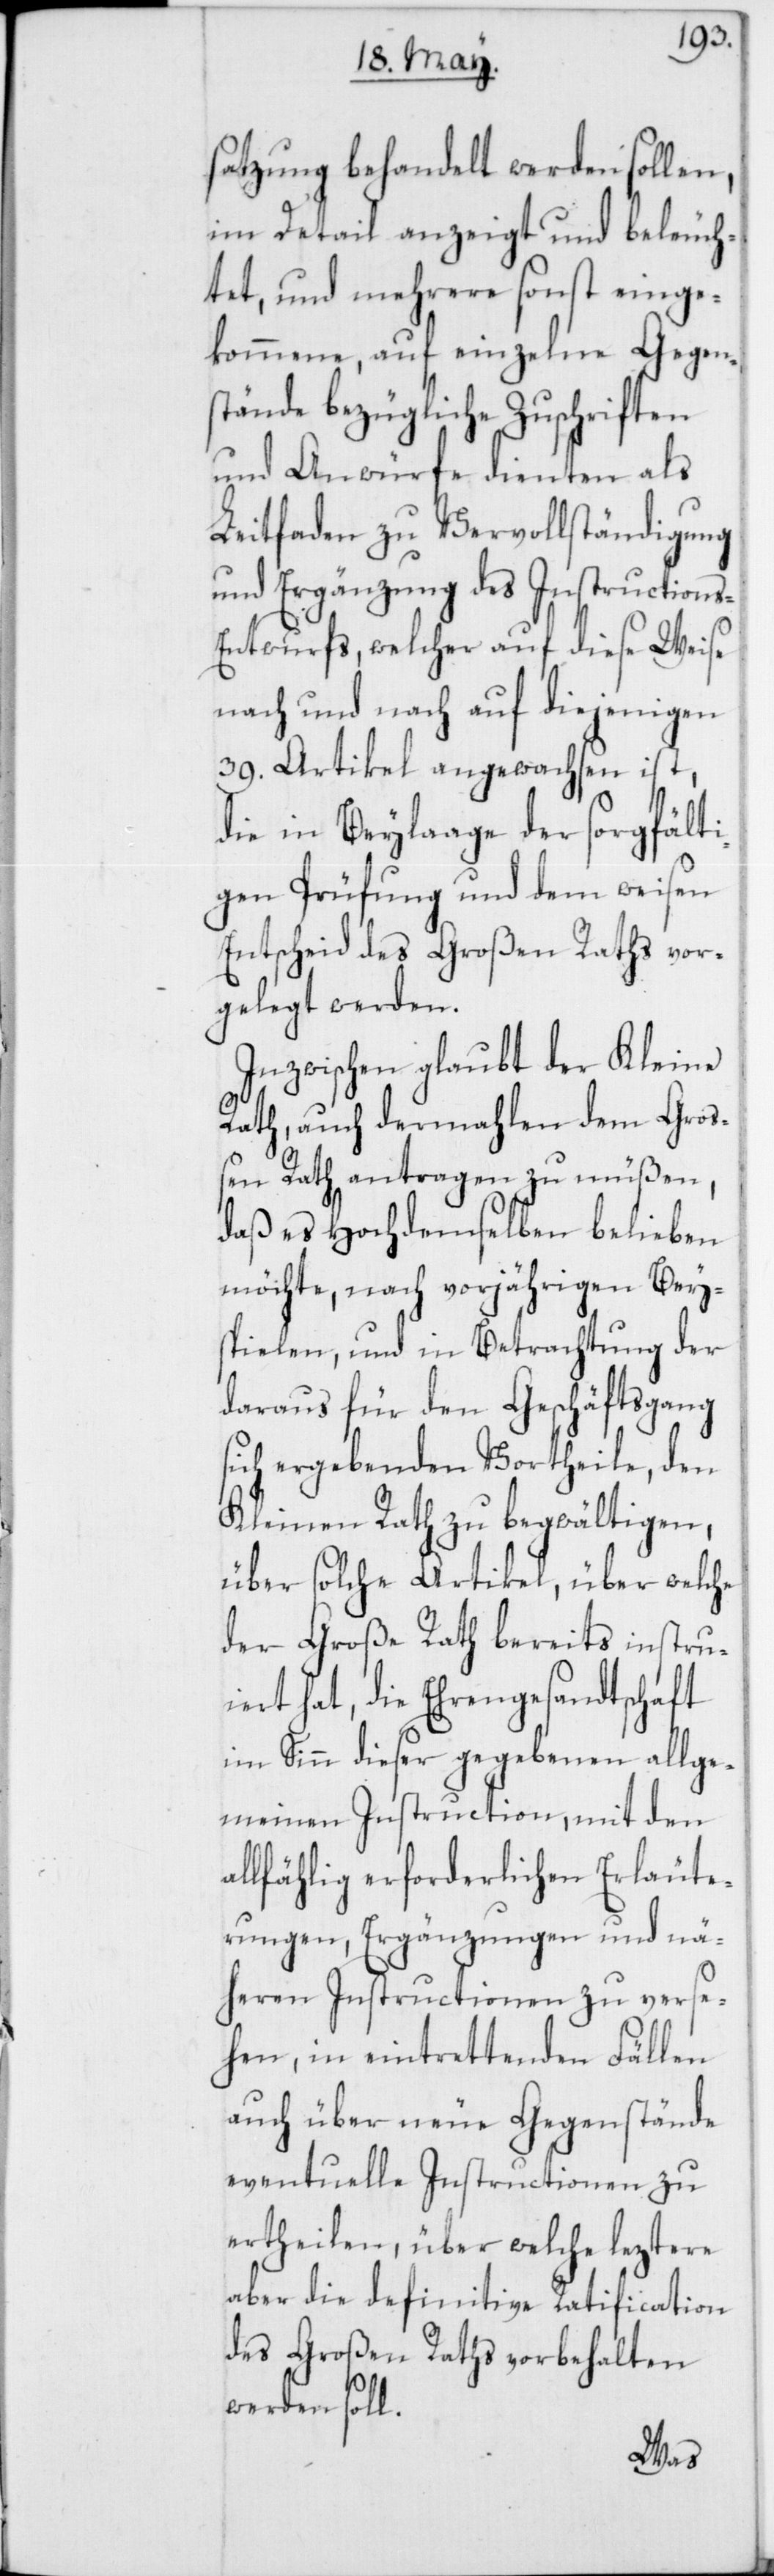
satzung behandelt werden sollen,
im Detail anzeigt und beleuch¬
tet, und mehrere sonst einge¬
kommene, auf einzelne Gegen¬
stände bezügliche Zuschriften
und Anwürfe dienten als
Leitfaden zur Vervollständigung
und Ergänzung des Instructions-E¬
ntwurfs, welcher auf diese Weise
nach und nach auf diejenigen
39. Artikel angewachsen ist,
die in Beylaage der sorgfält¬
igen Prüfung und dem weisen
Entscheid des Großen Raths vor¬
gelegt werden.
Inzwischen glaubt der Kleine
Rath, auch dermahlen dem Gro¬
ßen Rath antragen zu müßen,
daß es Hochdemselben belieben
möchte, nach vorjährigen Bey¬
spielen, und in Betrachtung der
daraus für den Geschäftsgang
sich ergebenden Vortheile, den
Kleinen Rath zu begwältigen,
über solche Artikel, über welche
der Große Rath bereits instru¬
iert hat, die Ehrengesandtschaft
im Sinn dieser gegebenen allge¬
meinen Instruction, mit den
allfählig erforderlichen Erläute¬
rungen, Ergänzungen und nä¬
heren Instructionen zu verse¬
hen, in eintrettenden Fällen
auch über neue Gegenstände
eventuelle Instructionen zu
ertheilen, über welche leztere
aber die definitive Ratification
des Großen Raths vorbehalten
werden soll.